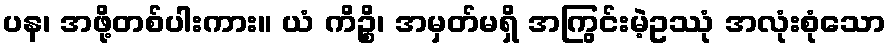
ပန၊ အဖို့တစ်ပါးကား။ ယံ ကိဉ္စိ၊ အမှတ်မရှိ အကြွင်းမဲ့ဥဿုံ အလုံးစုံသော